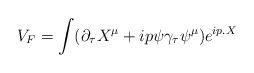
\begin{align*}V_F = \int (\partial_{\tau} X^{\mu} +ip\psi \gamma_{\tau}\psi^{\mu})e^{ip.X}\end{align*}